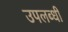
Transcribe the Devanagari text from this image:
उपलब्‍धी